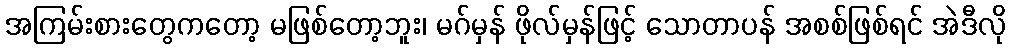
အကြမ်းစားတွေကတော့ မဖြစ်တော့ဘူး၊ မဂ်မှန် ဖိုလ်မှန်ဖြင့် သောတာပန် အစစ်ဖြစ်ရင် အဲဒီလို